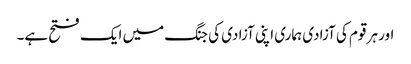
اور ہر قوم کی آزادی ہماری اپنی آزادی کی جنگ میں ایک فتح ہے۔